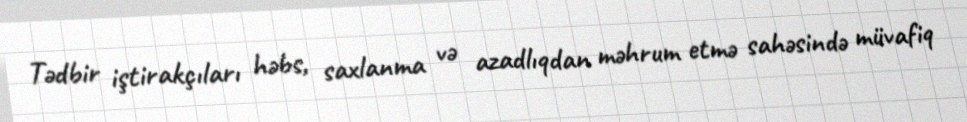
Tədbir iştirakçıları həbs, saxlanma və azadlıqdan məhrum etmə sahəsində müvafiq